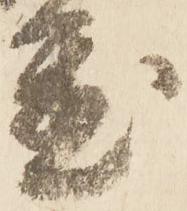
置